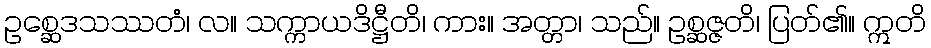
ဥစ္ဆေဒသဿတံ၊ လ။ သက္ကာယဒိဋ္ဌီတိ၊ ကား။ အတ္တာ၊ သည်။ ဥစ္ဆဇ္ဇတိ၊ ပြတ်၏။ ဣတိ